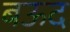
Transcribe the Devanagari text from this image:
बऊद